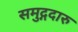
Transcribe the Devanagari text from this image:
समुद्गदारु